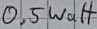
Text: 0.5watt